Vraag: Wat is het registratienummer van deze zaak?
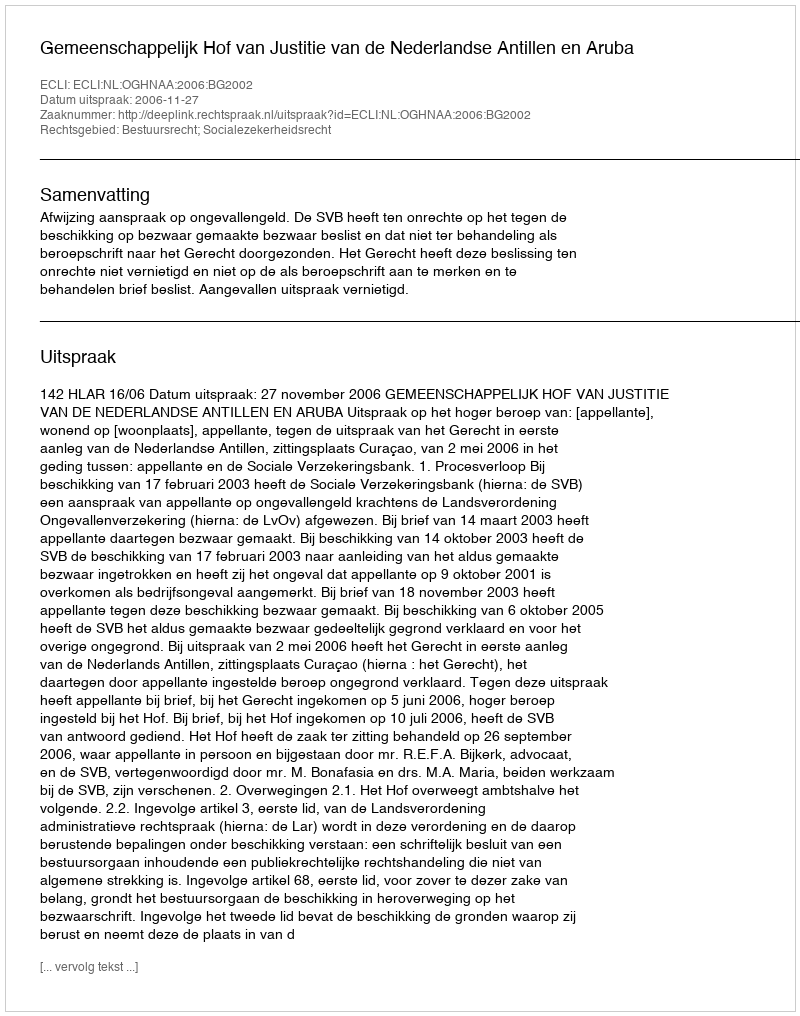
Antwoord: http://deeplink.rechtspraak.nl/uitspraak?id=ECLI:NL:OGHNAA:2006:BG2002